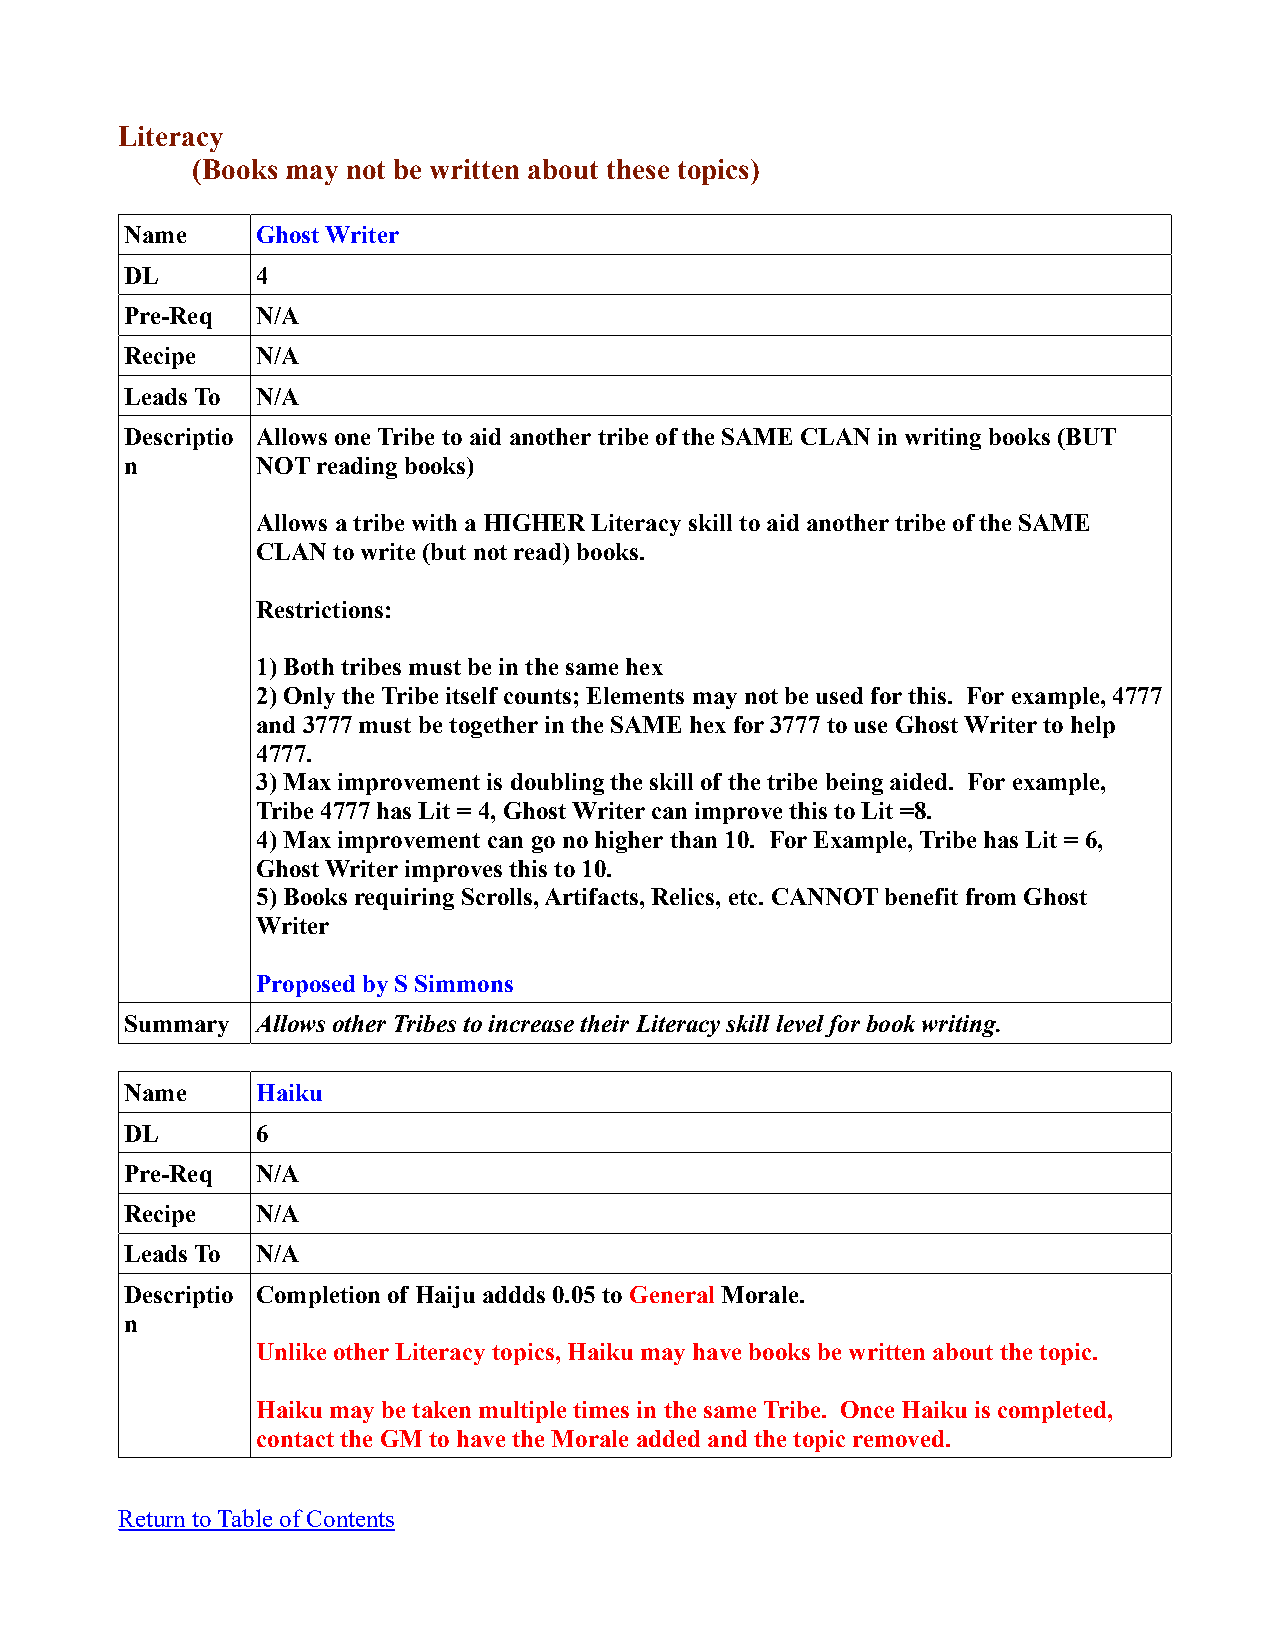
Literacy
 (Books may not be written about these topics)
 Name     Ghost Writer
 DL       4
 Pre-Req  N/A
 Recipe   N/A
 Leads To N/A
 Descriptio Allows one Tribe to aid another tribe of the SAME CLAN in writing books (BUT
 n        NOT reading books)
 Allows a tribe with a HIGHER Literacy skill to aid another tribe of the SAME
 CLAN to write (but not read) books.
 Restrictions:
 1) Both tribes must be in the same hex
 2) Only the Tribe itself counts; Elements may not be used for this. For example, 4777
 and 3777 must be together in the SAME hex for 3777 to use Ghost Writer to help
 4777.
 3) Max improvement is doubling the skill of the tribe being aided. For example,
 Tribe 4777 has Lit = 4, Ghost Writer can improve this to Lit =8.
 4) Max improvement can go no higher than 10. For Example, Tribe has Lit = 6,
 Ghost Writer improves this to 10.
 5) Books requiring Scrolls, Artifacts, Relics, etc. CANNOT benefit from Ghost
 Writer
 Proposed by S Simmons
 Summary  Allows other Tribes to increase their Literacy skill level for book writing.
 Name     Haiku
 DL       6
 Pre-Req  N/A
 Recipe   N/A
 Leads To N/A
 Descriptio Completion of Haiju addds 0.05 to General Morale.
 n
 Unlike other Literacy topics, Haiku may have books be written about the topic.
 Haiku may be taken multiple times in the same Tribe. Once Haiku is completed,
 contact the GM to have the Morale added and the topic removed.
 Return to Table of Contents